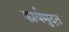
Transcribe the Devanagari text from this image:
कार्यमुदत